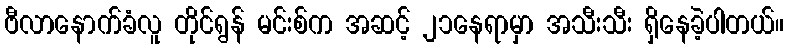
ဗီလာနောက်ခံလူ တိုင်ရွန် မင်းစ်က အဆင့် ၂၁နေရာမှာ အသီးသီး ရှိနေခဲ့ပါတယ်။